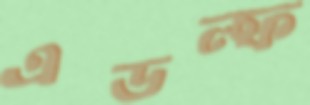
এডল্ফ